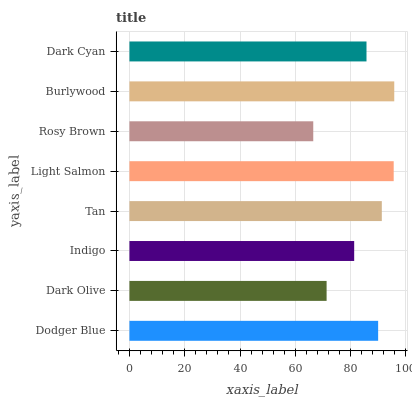
| yaxis_label | bars |
 | --- | --- |
 | Dodger Blue | 90 |
 | Dark Olive | 71.3 |
 | Indigo | 81.3 |
 | Tan | 91.3 |
 | Light Salmon | 95.6 |
 | Rosy Brown | 66.5 |
 | Burlywood | 95.8 |
 | Dark Cyan | 85.8 |